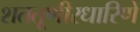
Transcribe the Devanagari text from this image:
शततूणीरधारिणे